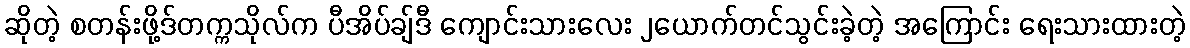
ဆိုတဲ့ စတန်းဖို့ဒ်တက္ကသိုလ်က ပီအိပ်ချ်ဒီ ကျောင်းသားလေး ၂ယောက်တင်သွင်းခဲ့တဲ့ အကြောင်း ရေးသားထားတဲ့